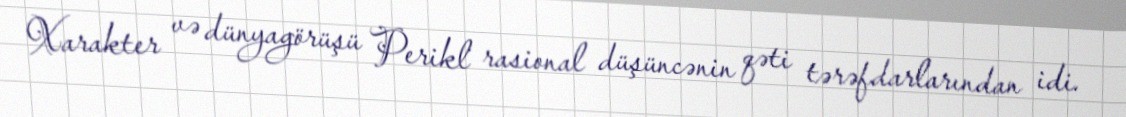
Xarakter və dünyagörüşü Perikl rasional düşüncənin qəti tərəfdarlarından idi.